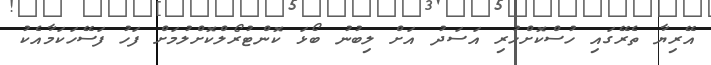
އޭރިޔާ ތެރޭގައި ހުސްކޮށްހުރި އަސަދު އަށް ލިބުނު ބޯޅަ ކޮންޓުރޯލްކޮށްލުމަށް ފަހު ފަސޭހަކަމާއެކު